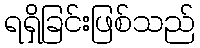
ရရှိခြင်းဖြစ်သည်